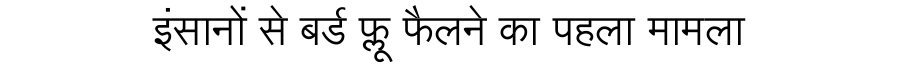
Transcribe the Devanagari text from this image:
इंसानों से बर्ड फ्लू फैलने का पहला मामला